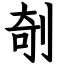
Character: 剞